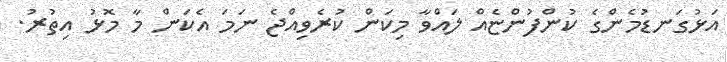
އަޅުގަނޑުމެންގެ ކުންފުންޏެއް ލައްވާ މިކަން ކުރެވިއްޖެ ނަމަ އެކަން މާ މޮޅު އިތުރު.